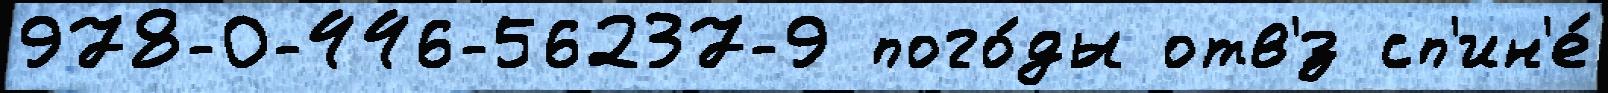
978-0-446-56237-9 пого́ды отв'́з сп'ин'е́